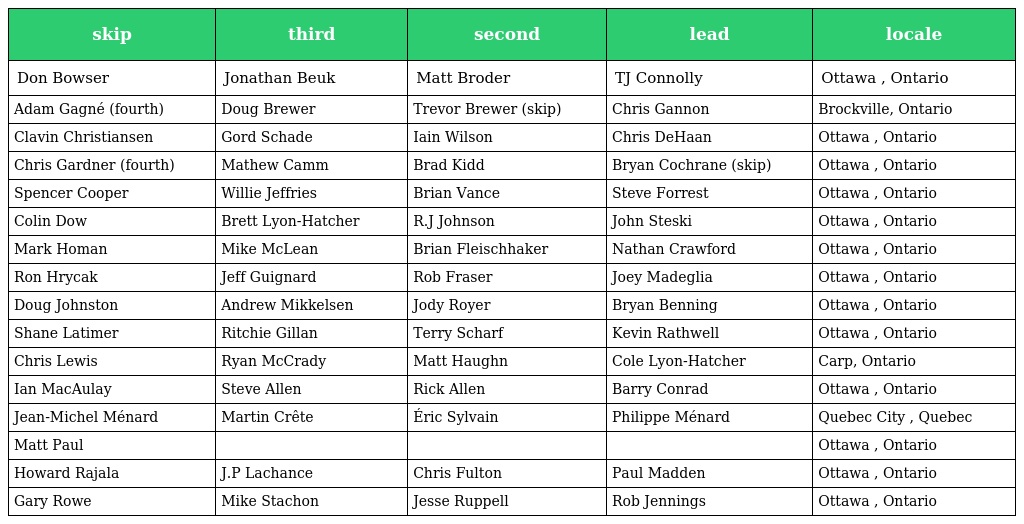
| skip | third | second | lead | locale |
 | --- | --- | --- | --- | --- |
 | Don Bowser | Jonathan Beuk | Matt Broder | TJ Connolly | Ottawa , Ontario |
 | Adam Gagné (fourth) | Doug Brewer | Trevor Brewer (skip) | Chris Gannon | Brockville, Ontario |
 | Clavin Christiansen | Gord Schade | Iain Wilson | Chris DeHaan | Ottawa , Ontario |
 | Chris Gardner (fourth) | Mathew Camm | Brad Kidd | Bryan Cochrane (skip) | Ottawa , Ontario |
 | Spencer Cooper | Willie Jeffries | Brian Vance | Steve Forrest | Ottawa , Ontario |
 | Colin Dow | Brett Lyon-Hatcher | R.J Johnson | John Steski | Ottawa , Ontario |
 | Mark Homan | Mike McLean | Brian Fleischhaker | Nathan Crawford | Ottawa , Ontario |
 | Ron Hrycak | Jeff Guignard | Rob Fraser | Joey Madeglia | Ottawa , Ontario |
 | Doug Johnston | Andrew Mikkelsen | Jody Royer | Bryan Benning | Ottawa , Ontario |
 | Shane Latimer | Ritchie Gillan | Terry Scharf | Kevin Rathwell | Ottawa , Ontario |
 | Chris Lewis | Ryan McCrady | Matt Haughn | Cole Lyon-Hatcher | Carp, Ontario |
 | Ian MacAulay | Steve Allen | Rick Allen | Barry Conrad | Ottawa , Ontario |
 | Jean-Michel Ménard | Martin Crête | Éric Sylvain | Philippe Ménard | Quebec City , Quebec |
 | Matt Paul |  |  |  | Ottawa , Ontario |
 | Howard Rajala | J.P Lachance | Chris Fulton | Paul Madden | Ottawa , Ontario |
 | Gary Rowe | Mike Stachon | Jesse Ruppell | Rob Jennings | Ottawa , Ontario |